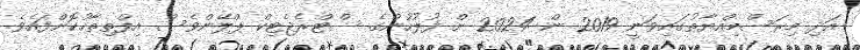
އަދި މިރަސްމިއްޔާތުގައިވަނީ 2019 ން 2024 ށް ފުލުހުންގެ ސްޓްރެޖެޓިކް ޕްލޭންވެސް އިފްތިތާހުކޮށްފައެވެ.